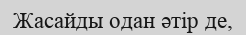
Жасайды одан әтір де,